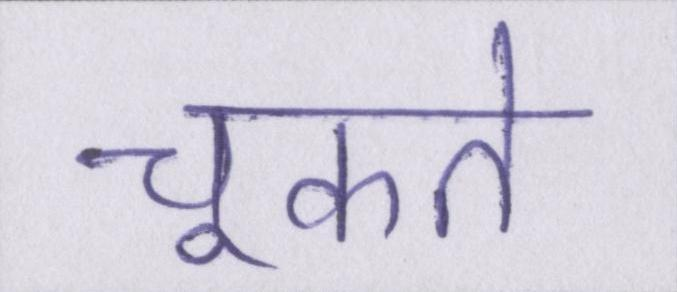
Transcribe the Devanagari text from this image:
चूकते